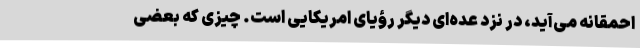
احمقانه می‌آید، در نزد عده‌ای دیگر رؤیای امریکایی است. چیزی که بعضی